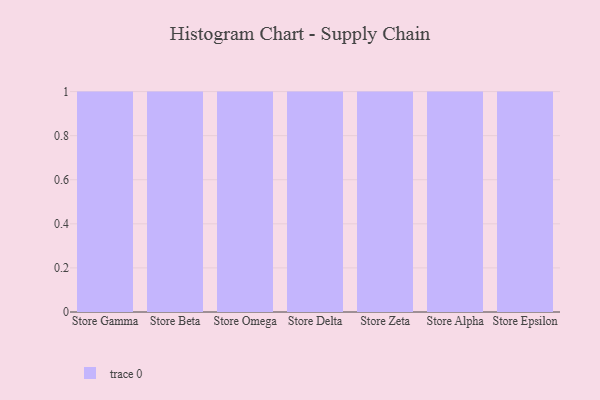
{"axis": {"x": "Store", "y": "Website Visitors"}, "legend": [""], "data": [{"x": "Store Gamma", "y": 1, "type": ""}, {"x": "Store Beta", "y": 32, "type": ""}, {"x": "Store Omega", "y": 50, "type": ""}, {"x": "Store Delta", "y": 90, "type": ""}, {"x": "Store Zeta", "y": 30, "type": ""}, {"x": "Store Alpha", "y": 94, "type": ""}, {"x": "Store Epsilon", "y": 39, "type": ""}]}